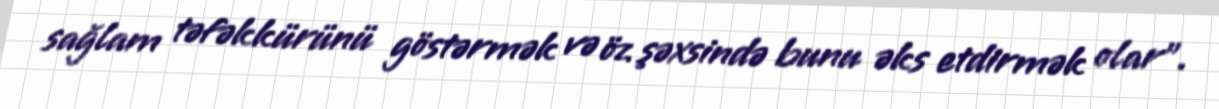
sağlam təfəkkürünü göstərmək və öz şəxsində bunu əks etdirmək olar".